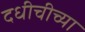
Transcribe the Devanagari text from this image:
दधीचीच्या